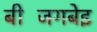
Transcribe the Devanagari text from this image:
बीजिंगबेइ